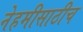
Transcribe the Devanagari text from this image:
नेहमीसाठीच